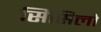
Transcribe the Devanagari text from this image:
सिसिलो